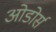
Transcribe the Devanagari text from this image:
ओडोर्स